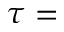
\tau =